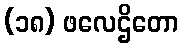
(၁၈) ဖလေဌိတော